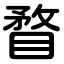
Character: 瞀